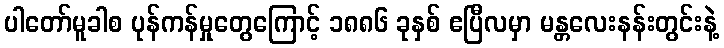
ပါတော်မူခါစ ပုန်ကန်မှုတွေကြောင့် ၁၈၈၆ ခုနှစ် ဧပြီလမှာ မန္တလေးနန်းတွင်းနဲ့